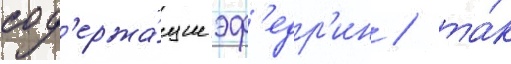
сод'ержа́щие эф'едр'ин / та́к